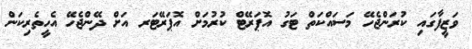
ވަޒީފާގައި ކުރަންޖެހޭ މަސައްކަތް ޓަގު އޮޕަރޭޓް ކުރުމަށް އޮޕަރޭޓަރ އަށް ދޭންޖެހޭ އެހީތެރިކަން